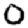
Digit: 0